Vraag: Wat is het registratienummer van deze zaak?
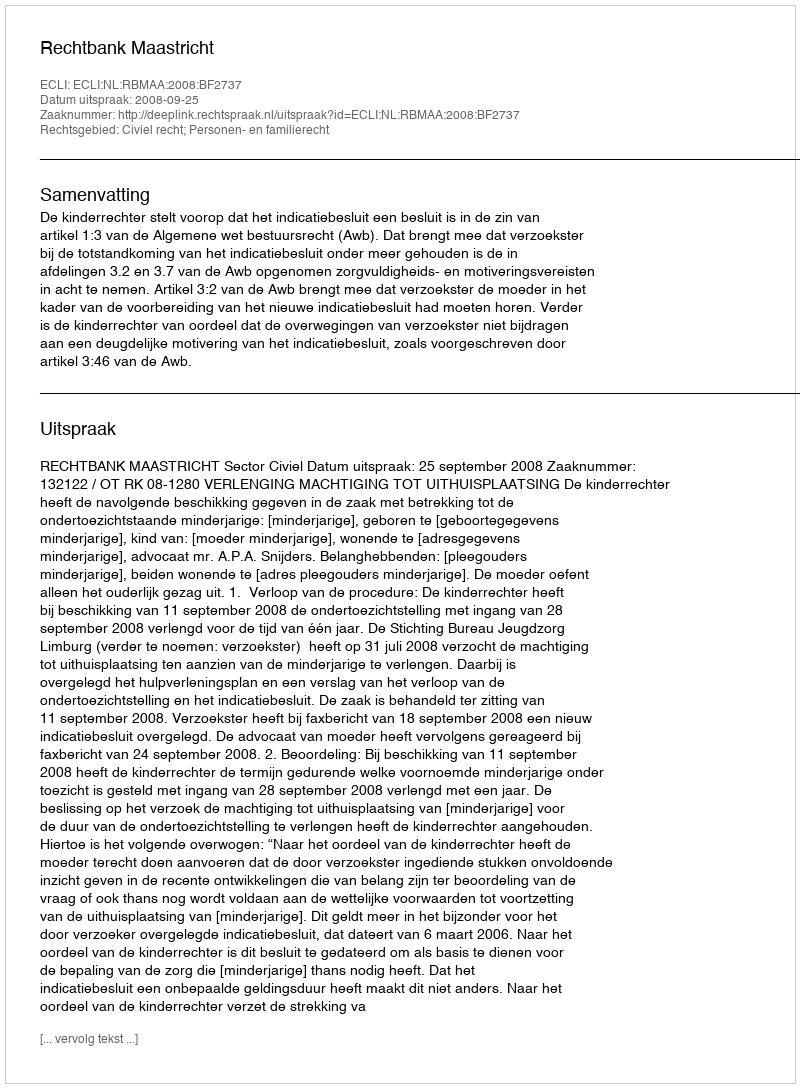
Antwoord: http://deeplink.rechtspraak.nl/uitspraak?id=ECLI:NL:RBMAA:2008:BF2737